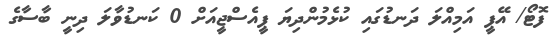
ފޮޓޯ/ އޭޕީ އަމިއްލަ ދަނޑުގައި ކުޅެމުންދިޔަ ޕީއެސްޖީއަށް 0 ކަނޑުވާލަ ދިނީ ބާސާގެ